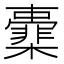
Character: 㰆